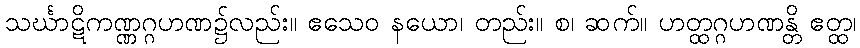
သင်္ဃာဋိကဏ္ဏဂ္ဂဟဏ၌လည်း။ ဧသေဝ နယော၊ တည်း။ စ၊ ဆက်။ ဟတ္ထဂ္ဂဟဏန္တိ ဧတ္ထ၊